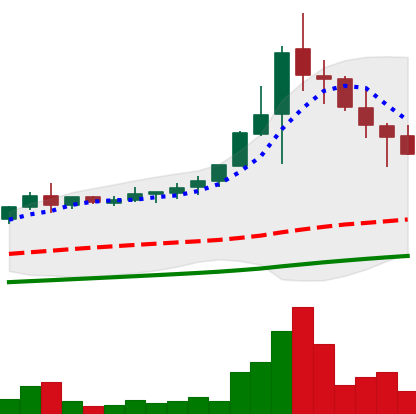
Ticker: NEO-USD
Chart end date: 2021-04-24
Forward return: 12.914%
Label: up_7plus